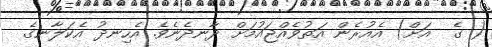
( ގެ  އަށް) އެއުރެން އަތުވެއްޖައުމަށް ދާނދެނެވެ. އެހިނދު އެކަލާނގެ